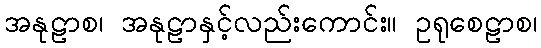
အနုဠာစ၊ အနုဠာနှင့်လည်းကောင်း။ ဥရုစေဠာစ၊